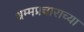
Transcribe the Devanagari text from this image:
धम्मप्रचाराच्या